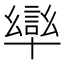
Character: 𭅩